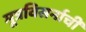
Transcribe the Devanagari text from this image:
मूत्रविसर्नाची